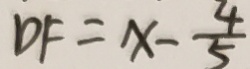
D F = x - \frac { 4 } { 5 }